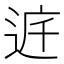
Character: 𨓀